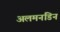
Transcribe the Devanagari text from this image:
अलमनडिन